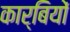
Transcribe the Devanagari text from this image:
कार्बियों